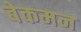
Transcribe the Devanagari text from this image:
बेकमन